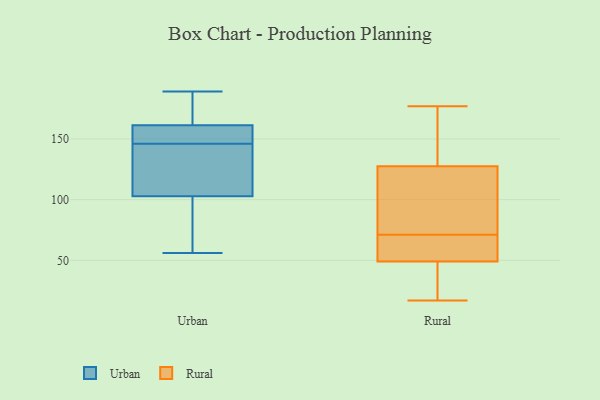
{"axis": {"x": "Customer Acquisition Cost (USD)", "y": "Value"}, "legend": ["Rural", "Urban"], "data": [{"x": "", "y": 162, "type": "Urban"}, {"x": "", "y": 77, "type": "Urban"}, {"x": "", "y": 153, "type": "Urban"}, {"x": "", "y": 144, "type": "Urban"}, {"x": "", "y": 189, "type": "Urban"}, {"x": "", "y": 89, "type": "Urban"}, {"x": "", "y": 180, "type": "Urban"}, {"x": "", "y": 56, "type": "Urban"}, {"x": "", "y": 145, "type": "Urban"}, {"x": "", "y": 146, "type": "Urban"}, {"x": "", "y": 159, "type": "Urban"}, {"x": "", "y": 64, "type": "Rural"}, {"x": "", "y": 21, "type": "Rural"}, {"x": "", "y": 109, "type": "Rural"}, {"x": "", "y": 161, "type": "Rural"}, {"x": "", "y": 102, "type": "Rural"}, {"x": "", "y": 76, "type": "Rural"}, {"x": "", "y": 52, "type": "Rural"}, {"x": "", "y": 66, "type": "Rural"}, {"x": "", "y": 177, "type": "Rural"}, {"x": "", "y": 61, "type": "Rural"}, {"x": "", "y": 139, "type": "Rural"}, {"x": "", "y": 116, "type": "Rural"}, {"x": "", "y": 24, "type": "Rural"}, {"x": "", "y": 55, "type": "Rural"}, {"x": "", "y": 140, "type": "Rural"}, {"x": "", "y": 46, "type": "Rural"}, {"x": "", "y": 115, "type": "Rural"}, {"x": "", "y": 17, "type": "Rural"}, {"x": "", "y": 41, "type": "Rural"}, {"x": "", "y": 154, "type": "Rural"}]}